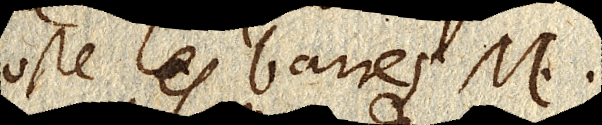
oste les barres M. N.